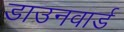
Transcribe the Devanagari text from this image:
डाउनवार्ड